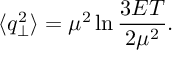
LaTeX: \langle q _ { \perp } ^ { 2 } \rangle = \mu ^ { 2 } \ln \frac { 3 E T } { 2 \mu ^ { 2 } } .